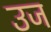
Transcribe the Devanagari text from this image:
उज